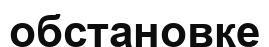
обстановке